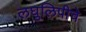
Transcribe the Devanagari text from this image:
लघुलिपीचे